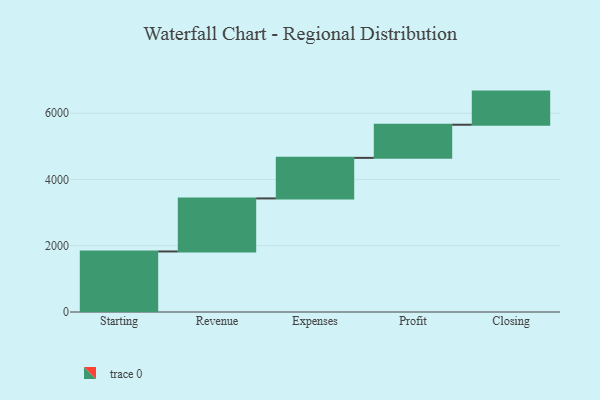
{"axis": {"x": "Step", "y": "Value"}, "legend": [""], "data": [{"x": "Starting", "y": 1827.0, "type": ""}, {"x": "Revenue", "y": 1601.0, "type": ""}, {"x": "Expenses", "y": 1224.0, "type": ""}, {"x": "Profit", "y": 1000, "type": ""}, {"x": "Closing", "y": 1000, "type": ""}]}